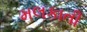
મલકાતી